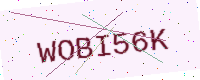
Text: WOBI56K